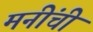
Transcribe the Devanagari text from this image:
मनींची